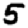
Digit: 5